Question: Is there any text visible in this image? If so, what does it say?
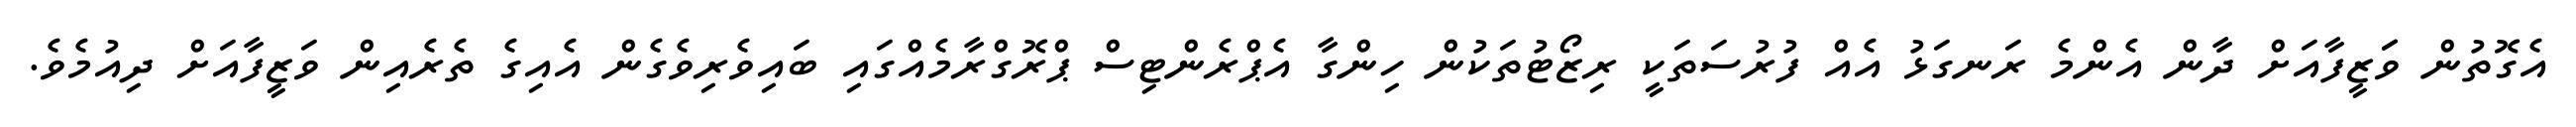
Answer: އެގޮތުން ވަަޒީފާއަށް ދާން އެންމެ ރަނގަޅު އެއް ފުރުސަތަކީ ރިޒޯޓުތަކުން ހިންގާ އެޕްރެންޓިސް ޕްރޮގްރާމެއްގައި ބައިވެރިވެގެން އެއިގެ ތެރެއިން ވަޒީފާއަށް ދިއުމެވެ.